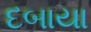
દબાયા